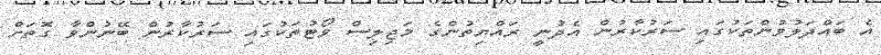
އެ ބައްދަލުވުންތަކުގައި ސަރުކާރުން އެދުނީ ރައްޔިތުންގެ މަޖިލިސް ވޯޓުތަކުގައި ސަރުކާރުން ބޭނުންވާ ގޮތަށް